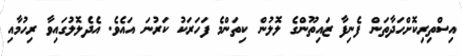
އިސްތިރިކޮށްހަދާތަން ފެނިފާ ޒައިތޫންގެ ލޮލުން ކިތަންމެ ފަހަރަކު ކަރުނަ އައެވެ. އެދެލޮލުގައިވާ ރިހުމާއި